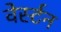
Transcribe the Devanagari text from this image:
वेर्स्‍टन